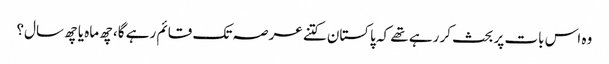
وہ اس بات پر بحث کر رہے تھے کہ پاکستان کتنے عرصہ تک قائم رہے گا، چھ ماہ یا چھ سال؟